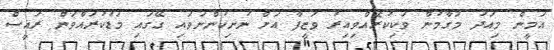
އަމީން މިއަދު މަގާމުން ވަކިކުރެއްވިއިރު ވަޒީފާ އަށް ނުނިކުންނަވައި ގޭގައި މަޑުކުރައްވަން ރައީސް